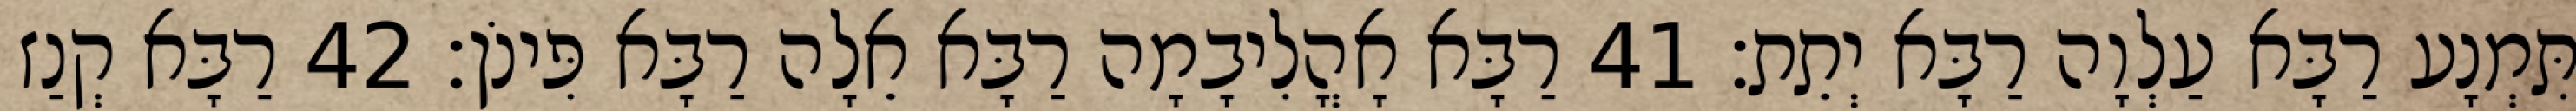
תִּמְנָע רַבָּא עַלְוָה רַבָּא יְתֵת׃ 41 רַבָּא אָהֳלִיבָמָה רַבָּא אֵלָה רַבָּא פִּינֹן׃ 42 רַבָּא קְנַז